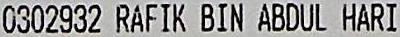
0302932 RAFIK BIN ABDUL HARI